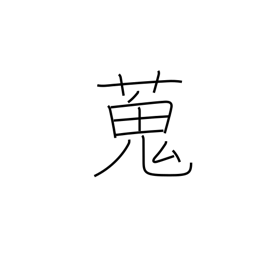
Meaning: gather